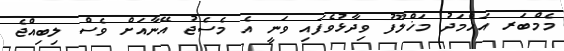
މެމްބަރ އަހްމަދު މަޚްލޫފު ވިދާޅުވެފައި ވަނީ އެ މެސެޖު އޭނާއަށް ވެސް ލިބިއްޖެ